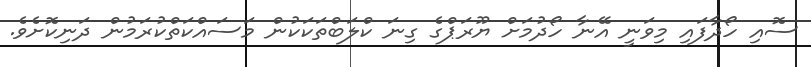
ސޮއި ހޯދާފައި މިވަނީ އޭނާ ހޯދުމަށް ޔޫރަޕްގެ ގިނަ ކްލަބްތަކަކުން މަސައްކަތްކުރަމުން ދަނިކޮށެވެ.